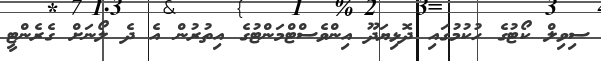
ސިވިލް ކޯޓުގެ ހުކުމުގައި ދޮޅިޔަދޫ އިންވެސްޓްމަންޓުގެ އިތުރުން އެ ދެ ލޯނަށް ގެރެންޓީ